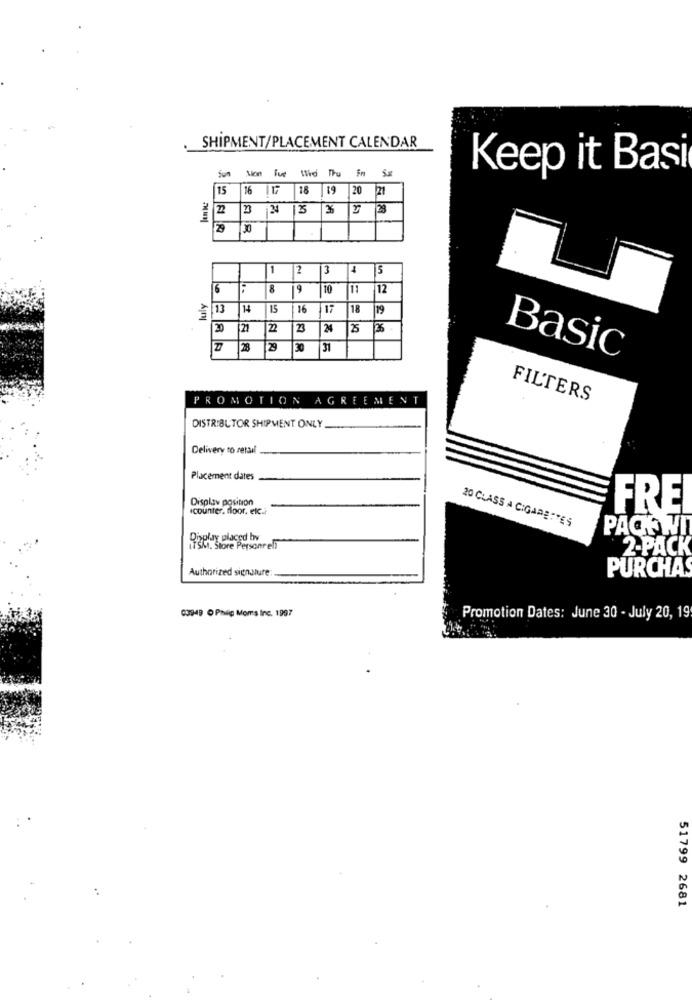
SHIPMENT/PLACEMENT CALENDAR
Sun Mon Tue Wird Thu in Se
Keep it Basi
15 16 117 18 19 20 21
2 3 4 3 3 7 28
1 |2
3 4 5
6
8
19
to
11 12
luly
15
16 17
19
20
22
23
24
25
28
129
30 31
Basic
PROMOTION AGREEMENT
FILTERS
DISTRIBUTOR SHIPMENT ONLY
Delivery ro retail
Placement dates
Display position
.counter, floor, etc.)
FRE
20 CLASS = CIGARETTES
PAGE WI
Rioplary placed by
ITSMt. Store Personreli
2-PACK
Authorized signature
PURCHAS
03949 O Philie Moms Inc. 1997
Promotion Dates: June 30 - July 20, 19
51799 2681